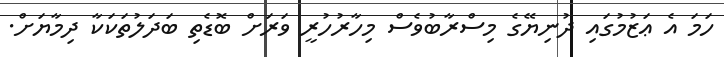
ހަމަ އެ ޢަޒުމުގައި ދުނިޔޭގެ މިސްރާބުވެސް މިހާރުހުރީ ވަރަށް ބޮޑެތި ބަދަލުތަކަކާ ދިމާޔަށް.